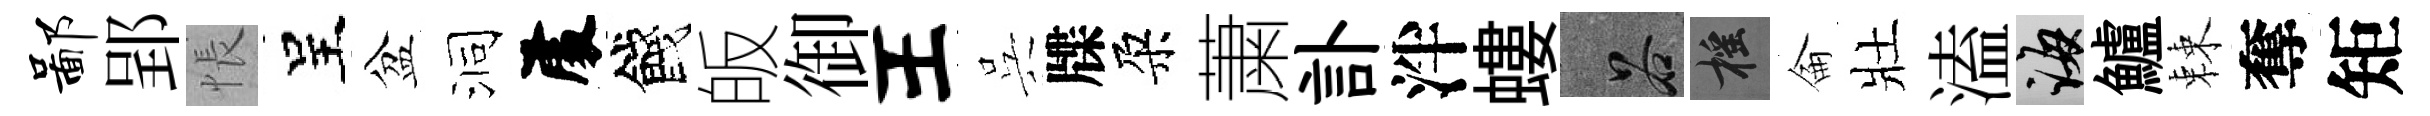
鄙郢悵呈盆洞𠁅餞皈御王呉牒朶䔥訃泮螻谷摇侖壯溘誨鱸棘奪矩